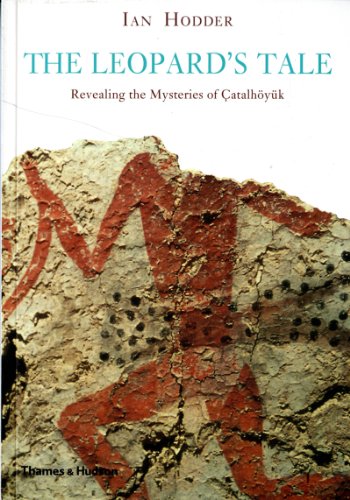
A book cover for The Leopard's Tale: Revealing the Mysteries of Catalhoyuk; Ian Hodder; History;